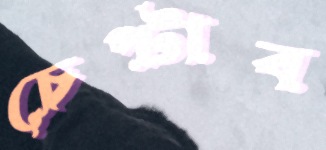
চেপ্‌টাব